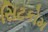
સિટકોમ